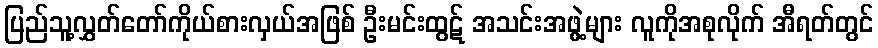
ပြည်သူ့လွှတ်တော်ကိုယ်စားလှယ်အဖြစ် ဦးမင်းထွဋ် အသင်းအဖွဲ့များ လူကိုအစုလိုက် အီရတ်တွင်